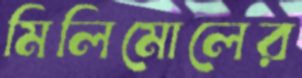
মিলিমোলের